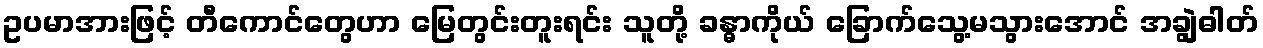
ဥပမာအားဖြင့် တီကောင်တွေဟာ မြေတွင်းတူးရင်း သူတို့ ခန္ဓာကိုယ် ခြောက်သွေ့မသွားအောင် အချွဲဓါတ်